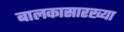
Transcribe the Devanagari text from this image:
बालकासारख्या